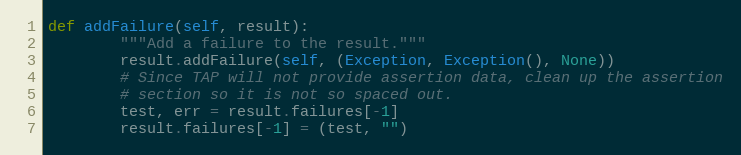
Language: Python
def addFailure(self, result):
        """Add a failure to the result."""
        result.addFailure(self, (Exception, Exception(), None))
        # Since TAP will not provide assertion data, clean up the assertion
        # section so it is not so spaced out.
        test, err = result.failures[-1]
        result.failures[-1] = (test, "")